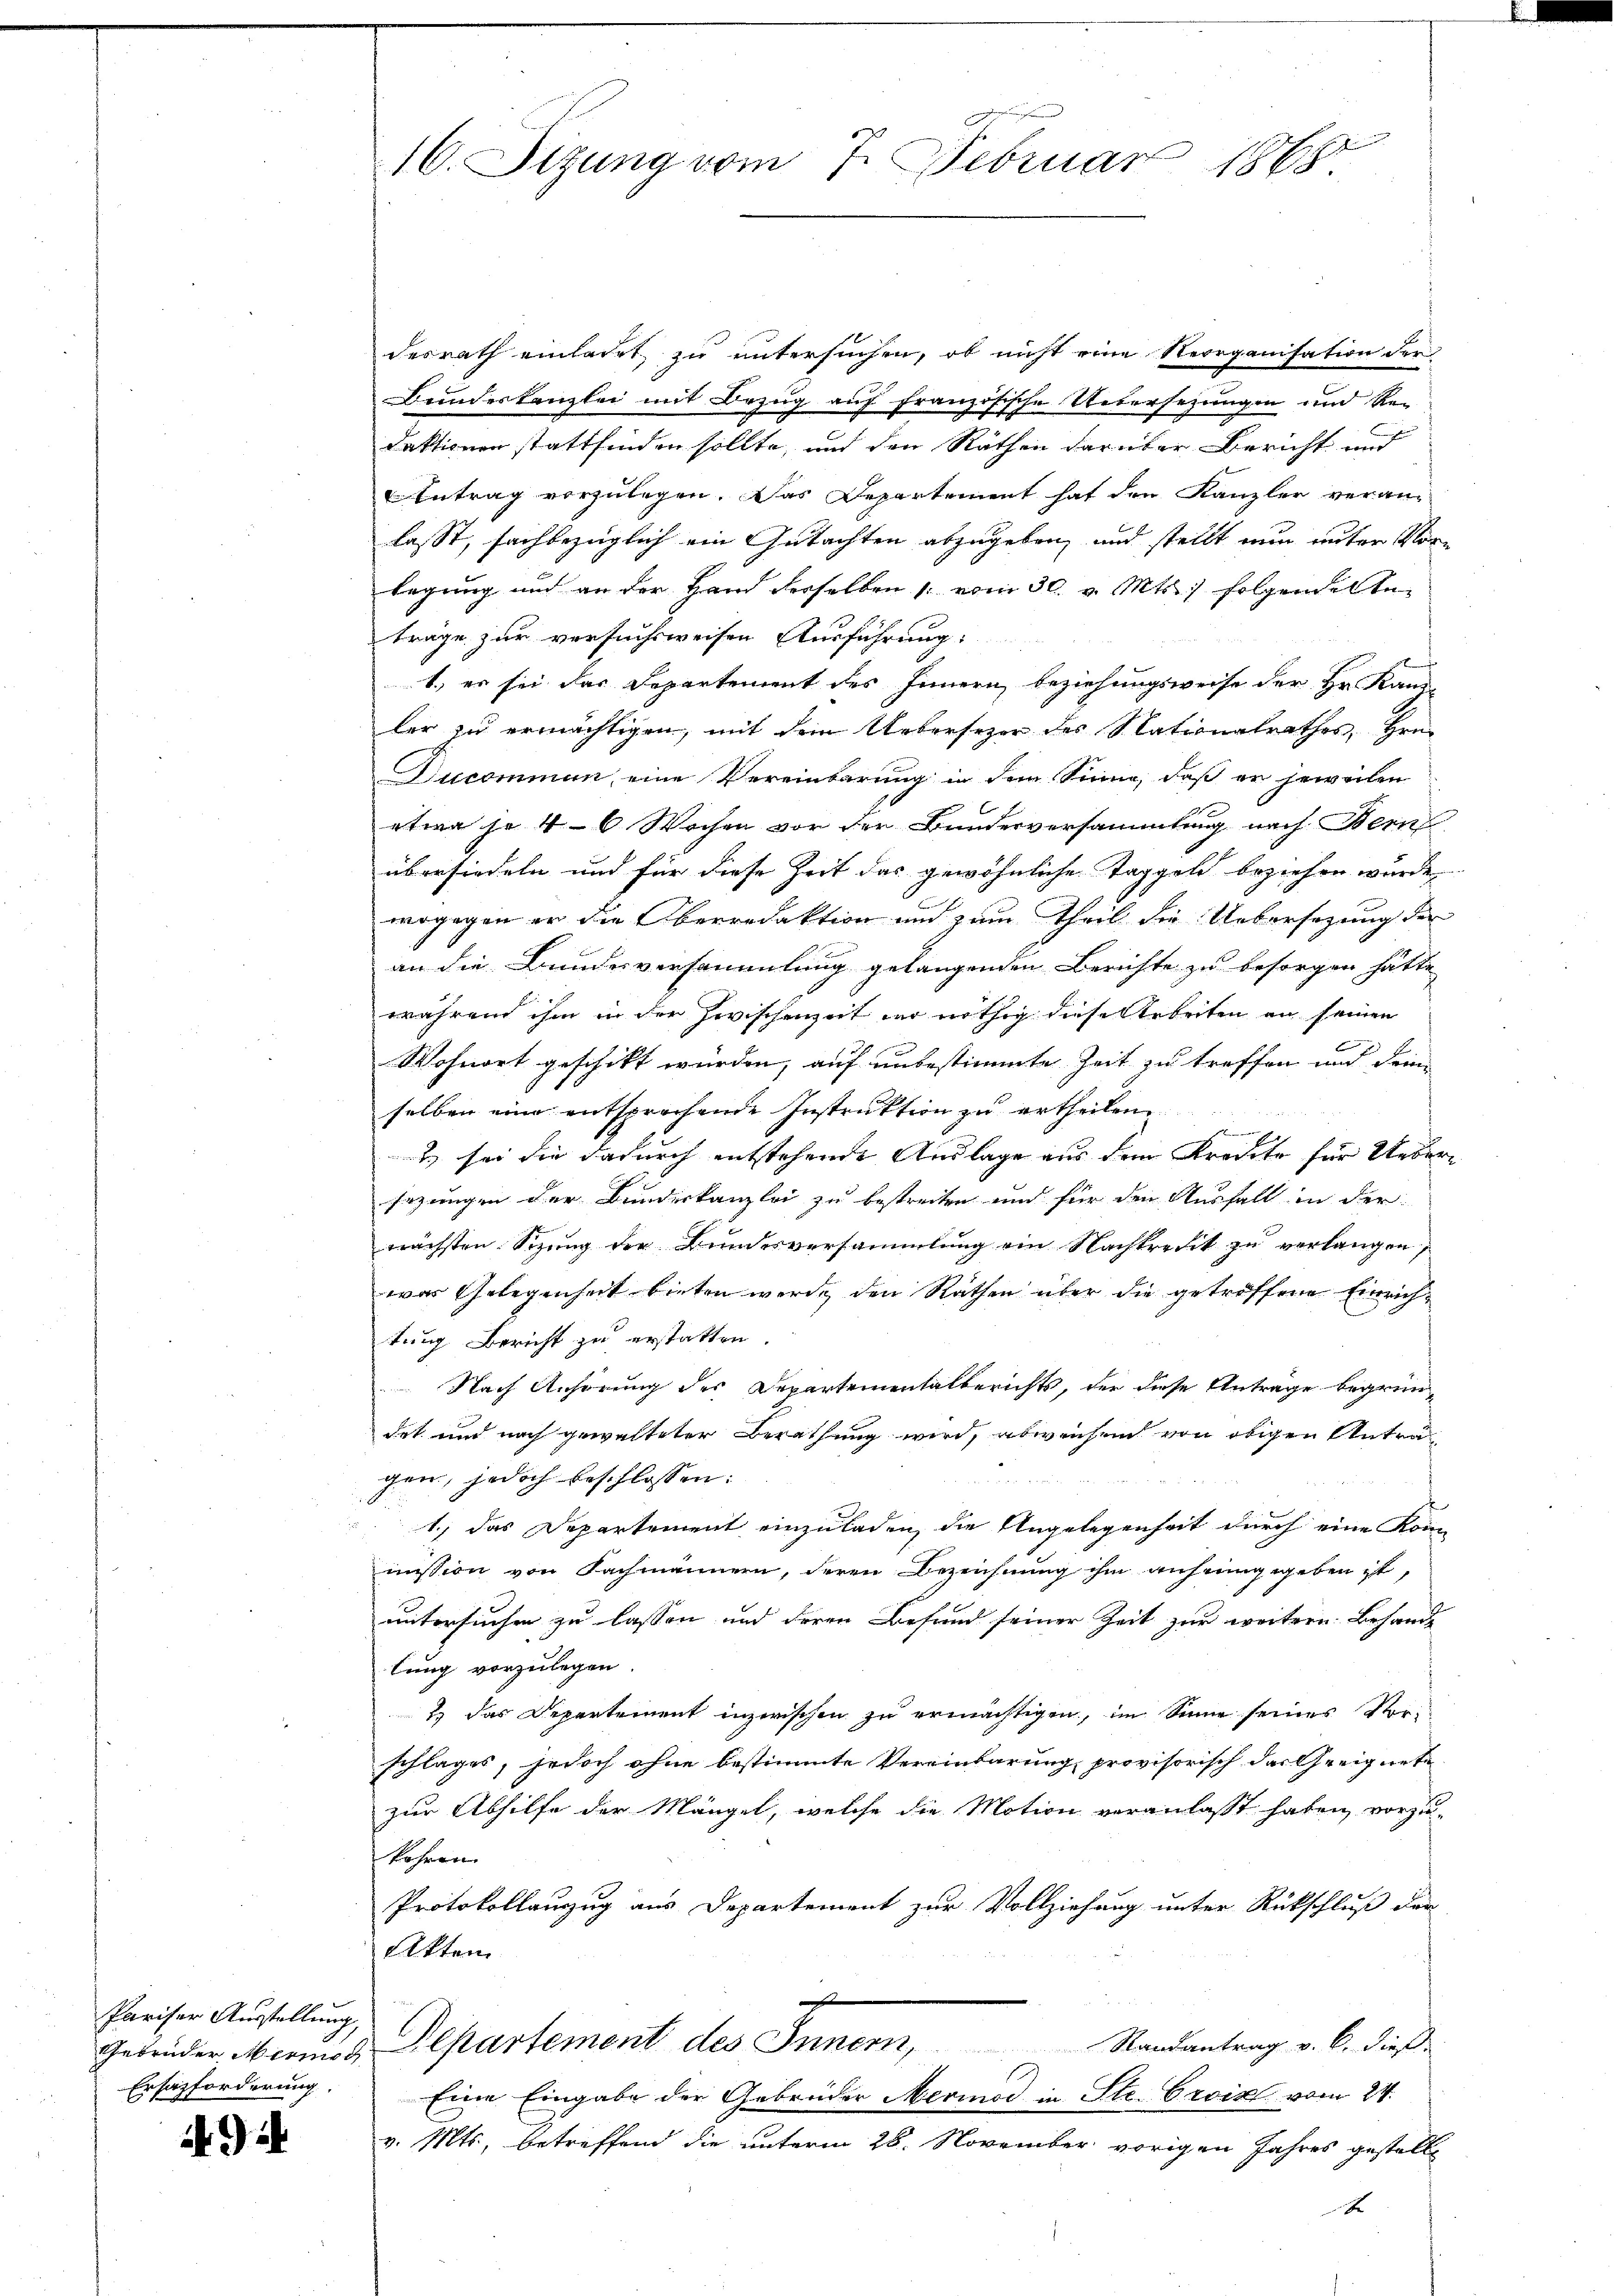
Pariser Ausstellung
Gebrüder Mermoch
Ersatzforderung.

924

n
16. Sitzung vom 7. Februar 1865.

desrath einladet zu untersuchen, ob nicht eine Reorganisation der
Bundeskanzlei mit Bezug auf französische Uebersetzungen und Re-
daktionen stattfinden sollte, und den Räthen darüber Bericht und
Antrag vorzulegen. Das Departement hat den Kanzler veranlasst, sachbezüglich ein Gutachten abzugeben, und stellt nun unter Vorlegung und an der Hand derselben vom 30. v. Mts. folgendelte
trage zur versuchsweisen Ausführung:
1.) es sei das Departement des Innern beziehungsweise der Hr. Kanz-
ler zu ermächtigen, mit dem Uebersetzer des Nationalrathes Hrn.
Ducommun, eine Vereinbarung in dem Sinne, daß er jeweilen
etwa je 4-6 Wochen vor der Bundesversammlung nach Bern
übersiedeln und für diese Zeit das gewöhnliche Taggeld beziehen wurde.
wogegen er die Oberredaktion und zum Theil die Uebersezung der
B
an die Bundesversammlung gelangenden Berichte zu besorgen hätte
während ihm in der Zwischenzeit wer nöthig diese Arbeiten an seinen
Wohnort geschikt würden, auf unbestimmte Zeit zu treffen und deine

selben eine entsprochende Instruktion zu ertheilen.
.
) sei die dadurch entstehende Auslage aus dem Kredite für Uebersezungen der Bundeskanzlei zu bestreiten und für den Ausfall in der
nächsten Sizung der Bundesversammlung ein Nachtredit zu verlangen,
was Gelegenheit bieten werde den Rathen über die getroffene Einrichtung Bericht zu erstatten.
Nach Anhörung der Departementalberichts, der diese Anträge begrün-
det und nach gewalteter Berathung wird, abweichen von obigen Anträg
gen, jedoch beschlossen:
don mit
1.) Das Departement einzuladen, die Angelegenheit durch eine Kom-
mission von Fachmännern, deren Bezeichnung ihm anfeingegeben ist,
untersuchen zu lassen und deren Befund seiner Zeit zur weitern Behande
lung vorzulegen.
t das Departement inzwischen zu ermächtigen, im Sinne seines Vorschlages, jedoch ohne bestimmte Vereinbarung provisorisch das Geeignete
zur Abhilfe der Mängel, welche die Motion veranlaßt haben, vorzu-
kohnen
Protokollauszug aus Departement zur Vollziehung unter Rückschluß der
Akten
Departement des Innern,
Randantrag v. 6. dieß.
E
Eine Eingabe der Gebrüder Merinod in Str. Croix vom 24.
v. Mts., betreffend die unterm 28. November vorigen Jahres gestellt
x